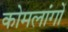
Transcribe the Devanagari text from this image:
कोमलांगों